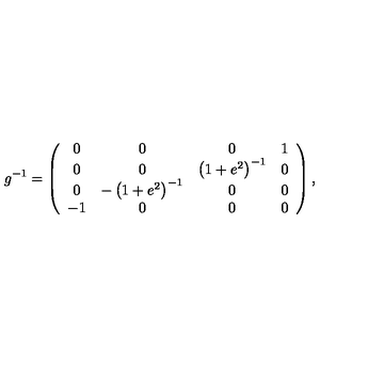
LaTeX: g ^ { - 1 } = \left( \begin{array} { c c c c } { 0 } & { 0 } & { 0 } & { 1 } \\ { 0 } & { 0 } & { \left( 1 + e ^ { 2 } \right) ^ { - 1 } } & { 0 } \\ { 0 } & { - \left( 1 + e ^ { 2 } \right) ^ { - 1 } } & { 0 } & { 0 } \\ { - 1 } & { 0 } & { 0 } & { 0 } \\ \end{array} \right) ,